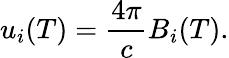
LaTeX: u_{i}(T)={\frac{4\pi}{c}}B_{i}(T).